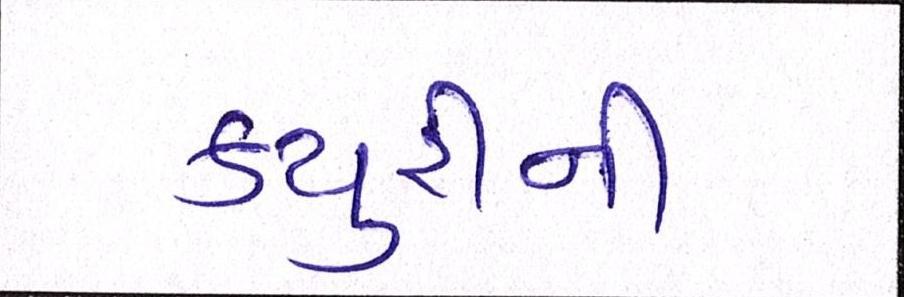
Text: ક્યુરીની